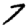
Digit: 7